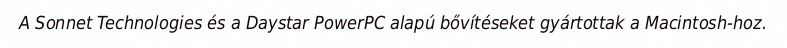
A Sonnet Technologies és a Daystar PowerPC alapú bővítéseket gyártottak a Macintosh-hoz.